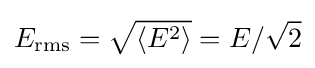
E_{\mathrm {rms} }={\sqrt {\langle E^{2}\rangle }}=E/{\sqrt {2}}\,\!